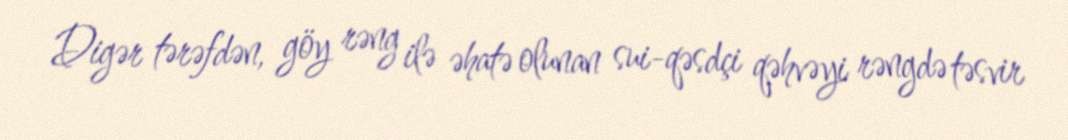
Digər tərəfdən, göy rəng ilə əhatə olunan sui-qəsdçi qəhvəyi rəngdə təsvir